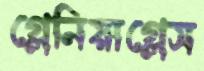
গ্লেনিয়াগ্লেস